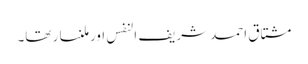
مشتاق احمد شریف النفس اور ملنسار تھا۔